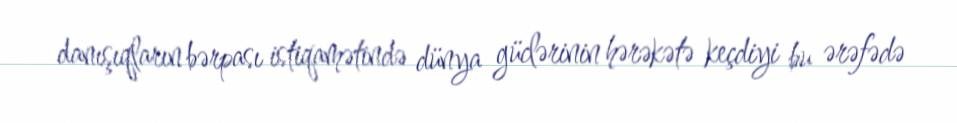
danışıqların bərpası istiqamətində dünya güclərinin hərəkətə keçdiyi bu ərəfədə